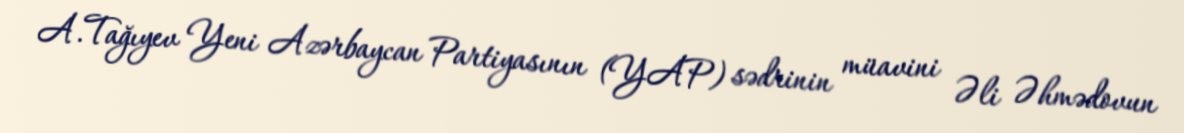
A.Tağıyev Yeni Azərbaycan Partiyasının (YAP) sədrinin müavini Əli Əhmədovun